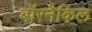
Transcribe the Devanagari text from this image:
बॉरनैकिल